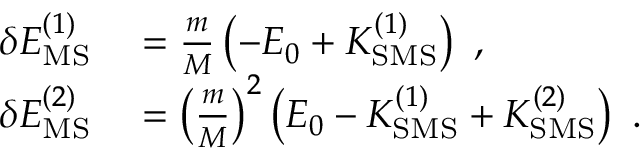
\begin{array} { r l } { \delta E _ { \mathrm { M S } } ^ { ( 1 ) } } & { { } = \frac { m } { M } \left( - E _ { 0 } + K _ { \mathrm { S M S } } ^ { ( 1 ) } \right) \ , } \\ { \delta E _ { \mathrm { M S } } ^ { ( 2 ) } } & { { } = \left( \frac { m } { M } \right) ^ { 2 } \left( E _ { 0 } - K _ { \mathrm { S M S } } ^ { ( 1 ) } + K _ { \mathrm { S M S } } ^ { ( 2 ) } \right) \ . } \end{array}